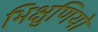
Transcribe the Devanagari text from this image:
भिक्षुणियो